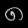
Digit: ၈